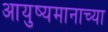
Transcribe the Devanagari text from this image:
आयुष्यमानाच्या